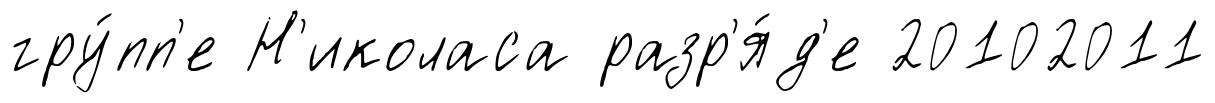
гру́пп'е Н'иколаса разр'я́д'е 20102011